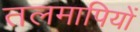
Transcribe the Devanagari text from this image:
तलमापियों